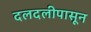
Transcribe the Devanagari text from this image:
दलदलीपासून